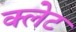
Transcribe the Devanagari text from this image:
क्लेट